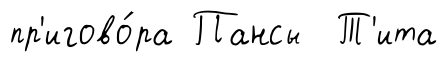
пр'игово́ра Пансы Т'ита